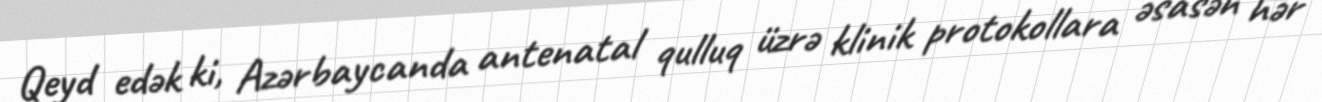
Qeyd edək ki, Azərbaycanda antenatal qulluq üzrə klinik protokollara əsasən hər